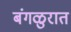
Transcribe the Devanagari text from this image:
बंगळुरात